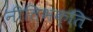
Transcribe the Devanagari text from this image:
नीतिभक्ति